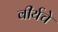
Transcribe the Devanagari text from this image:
वीर्यचे